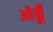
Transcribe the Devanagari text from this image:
ओळूँ